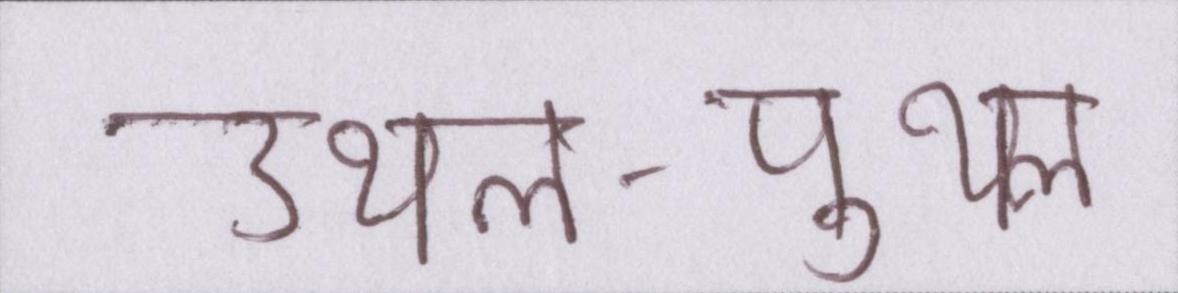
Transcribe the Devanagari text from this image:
उथल-पुथल